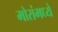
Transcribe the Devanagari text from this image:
मोरांमध्ये